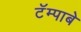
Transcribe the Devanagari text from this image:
टॅम्पाबे